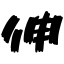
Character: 伸